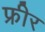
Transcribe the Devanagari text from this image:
फ्रीर